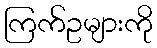
ကြက်ဥများကို